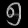
Digit: ၅